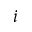
i